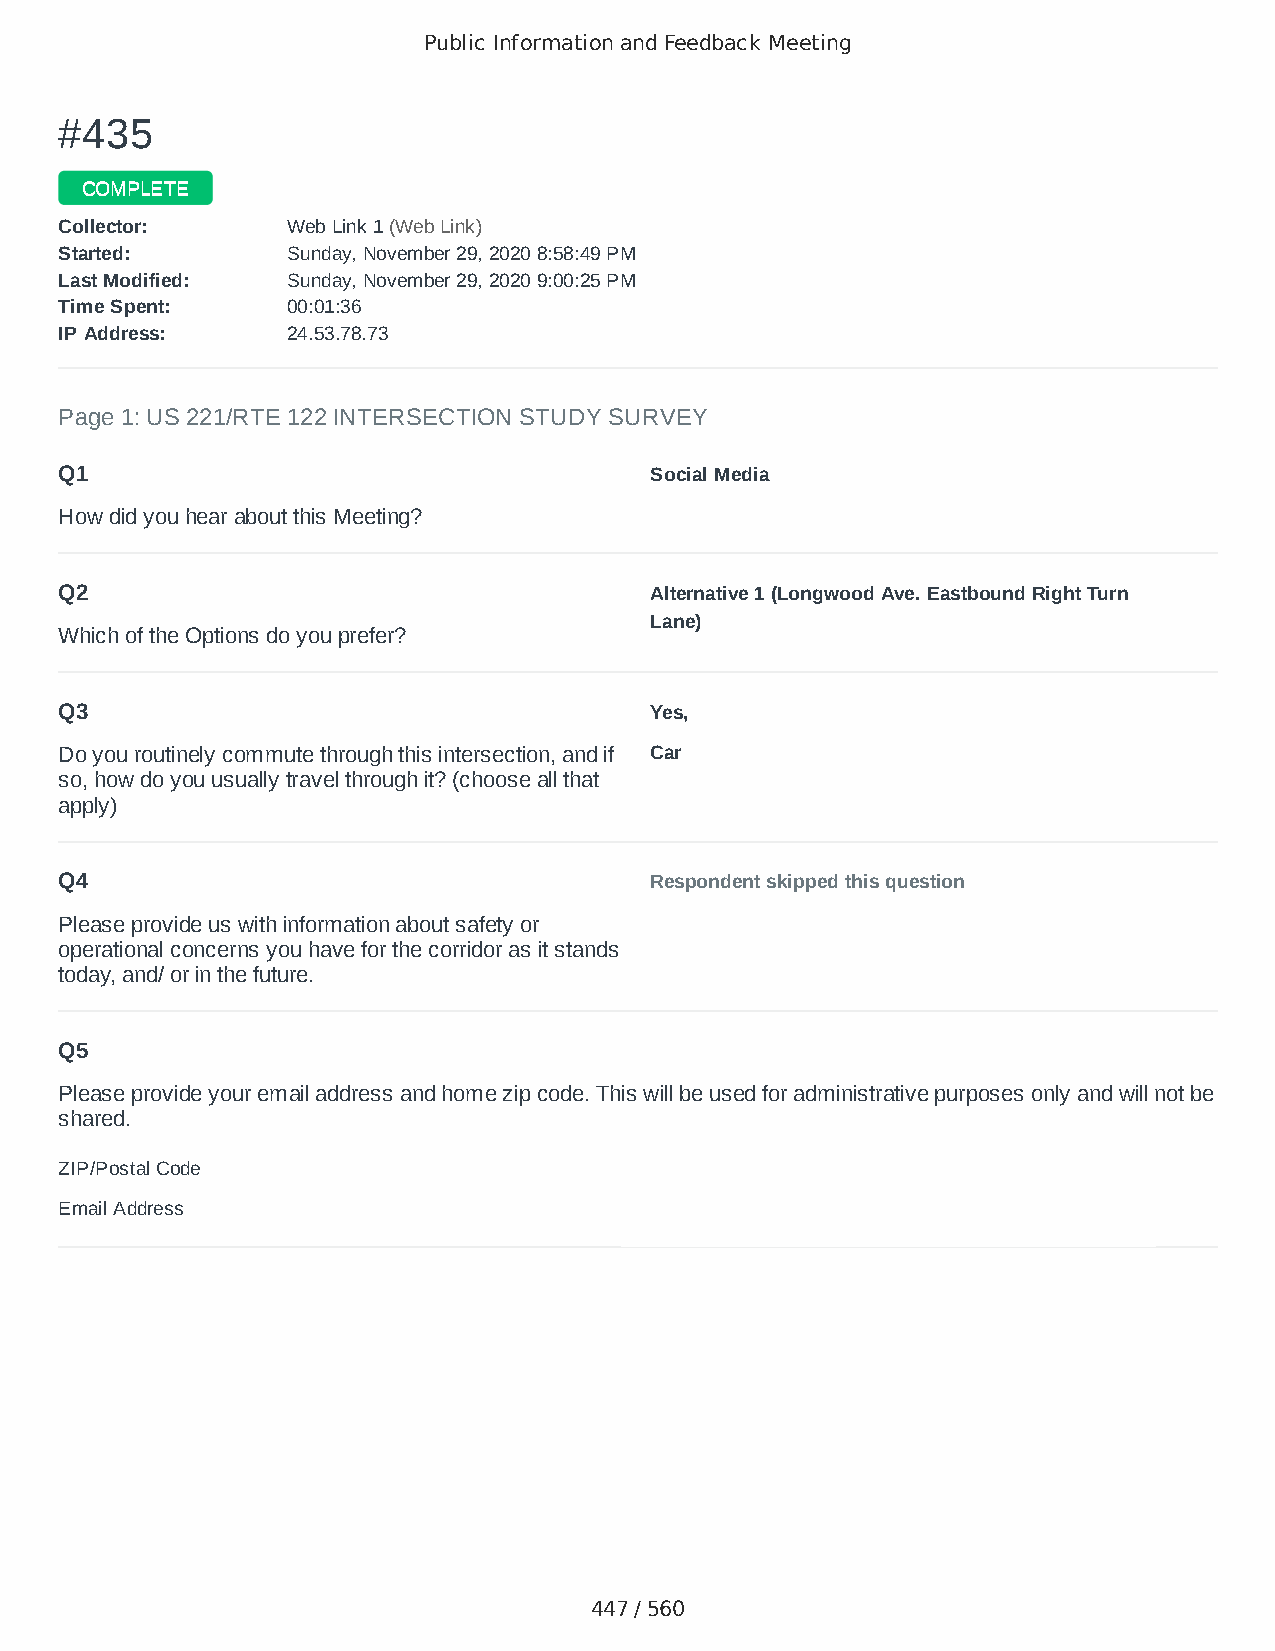
Public Information and Feedback Meeting
 ##443355
 CCOOMMPPLLEETTEE
 CCoolllleeccttoorr:: WWeebb LLiinnkk 11 ((WWeebb LLiinnkk))
 SSttaarrtteedd:: SSuunnddaayy,, NNoovveemmbbeerr 2299,, 22002200 88::5588::4499 PPMM
 LLaasstt MMooddiiffiieedd:: SSuunnddaayy,, NNoovveemmbbeerr 2299,, 22002200 99::0000::2255 PPMM
 TTiimmee SSppeenntt:: 0000::0011::3366
 IIPP AAddddrreessss:: 2244..5533..7788..7733
 Page 1: US 221/RTE 122 INTERSECTION STUDY SURVEY
 Q1                                     Social Media
 How did you hear about this Meeting?
 Q2                                     Alternative 1 (Longwood Ave. Eastbound Right Turn
 Lane)
 Which of the Options do you prefer?
 Q3                                     Yes,
 Do you routinely commute through this intersection, and if Car
 so, how do you usually travel through it? (choose all that
 apply)
 Q4                                     Respondent skipped this question
 Please provide us with information about safety or
 operational concerns you have for the corridor as it stands
 today, and/ or in the future.
 Q5
 Please provide your email address and home zip code. This will be used for administrative purposes only and will not be
 shared.
 ZIP/Postal Code                        24523
 Email Address                          tinslear@dukes.jmu.edu
 447 / 560